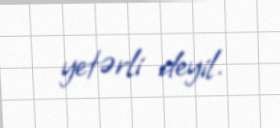
yetərli deyil.